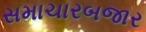
સમાચારબજાર